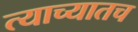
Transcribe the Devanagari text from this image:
त्याच्यातच